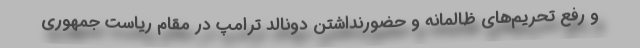
و رفع تحریم‌های ظالمانه و حضورنداشتن دونالد ترامپ در مقام ریاست جمهوری